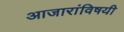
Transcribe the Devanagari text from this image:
आजारांविषयी